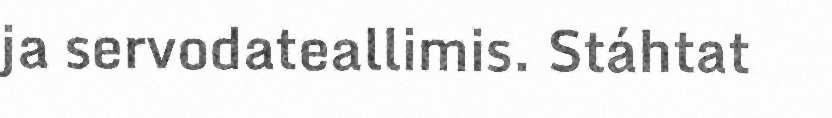
ja servodateallimis. Stáhtat